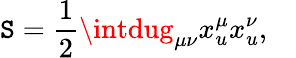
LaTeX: \mathtt{S}=\frac{{1}}{{2}}\intdug_{\mu\nu}x_{u}^{\mu}x_{u}^{\nu},\quad